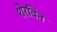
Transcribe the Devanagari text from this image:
शेरविन